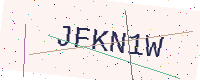
Text: JFKN1W